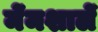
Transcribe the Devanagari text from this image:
मेंमशालें